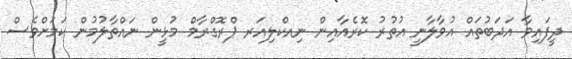
ދީފައިވާ އަދަބުތައް އުވާލާނީ އުތުރު ކޮރެއާއިން ނިއކްލިއަރ ޕްރޮގްރާމް މުޅީން ނައްތާލުމުން ކަމަށްވެސް